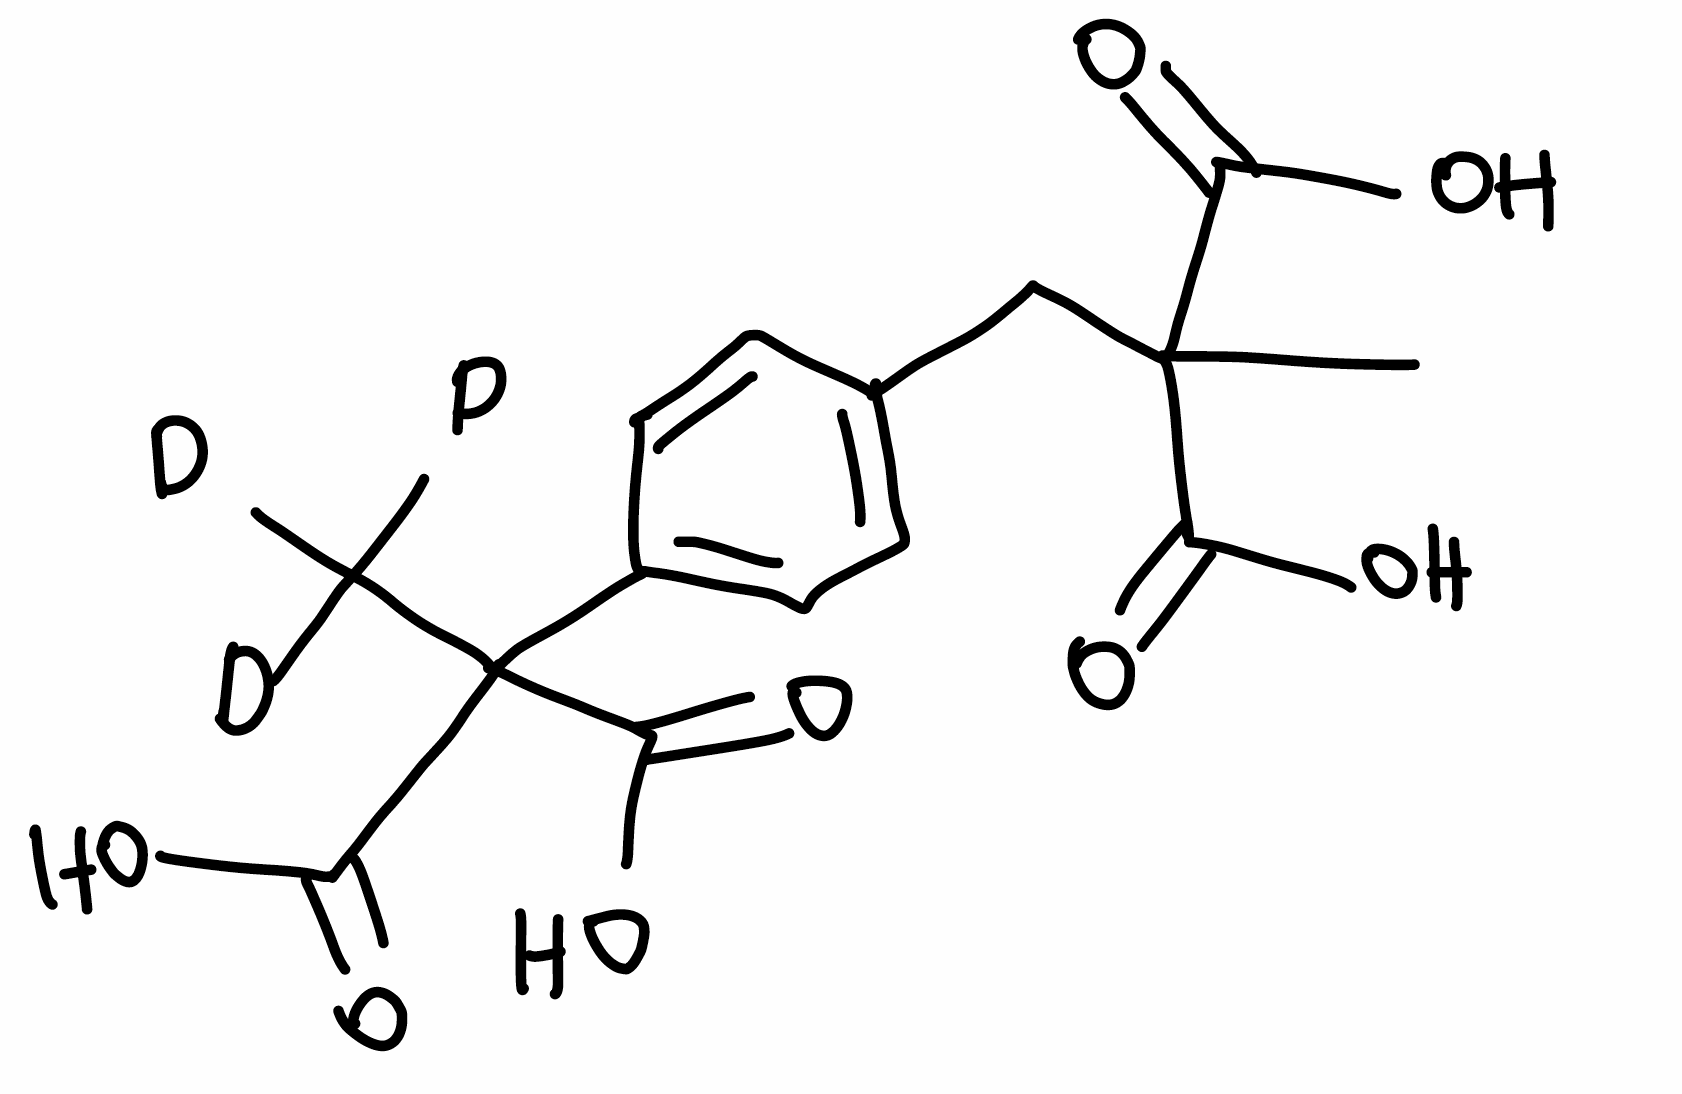
Simplified molecular-input line-entry system (SMILES) notation of the given molecule:
[2H]C([2H])([2H])C(C1=CC=C(C=C1)CC(C)(C(=O)O)C(=O)O)(C(=O)O)C(=O)O